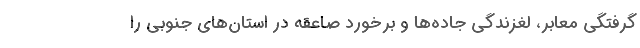
گرفتگی معابر، لغزندگی جاده‌ها و برخورد صاعقه در استان‌های جنوبی را